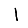
Digit: 1